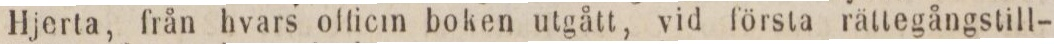
Hjerta, från hvars officm boken utgått, vid första rättegångstill-